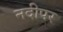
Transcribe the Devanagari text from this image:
नदीपर